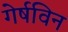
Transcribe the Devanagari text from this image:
गेर्षविन